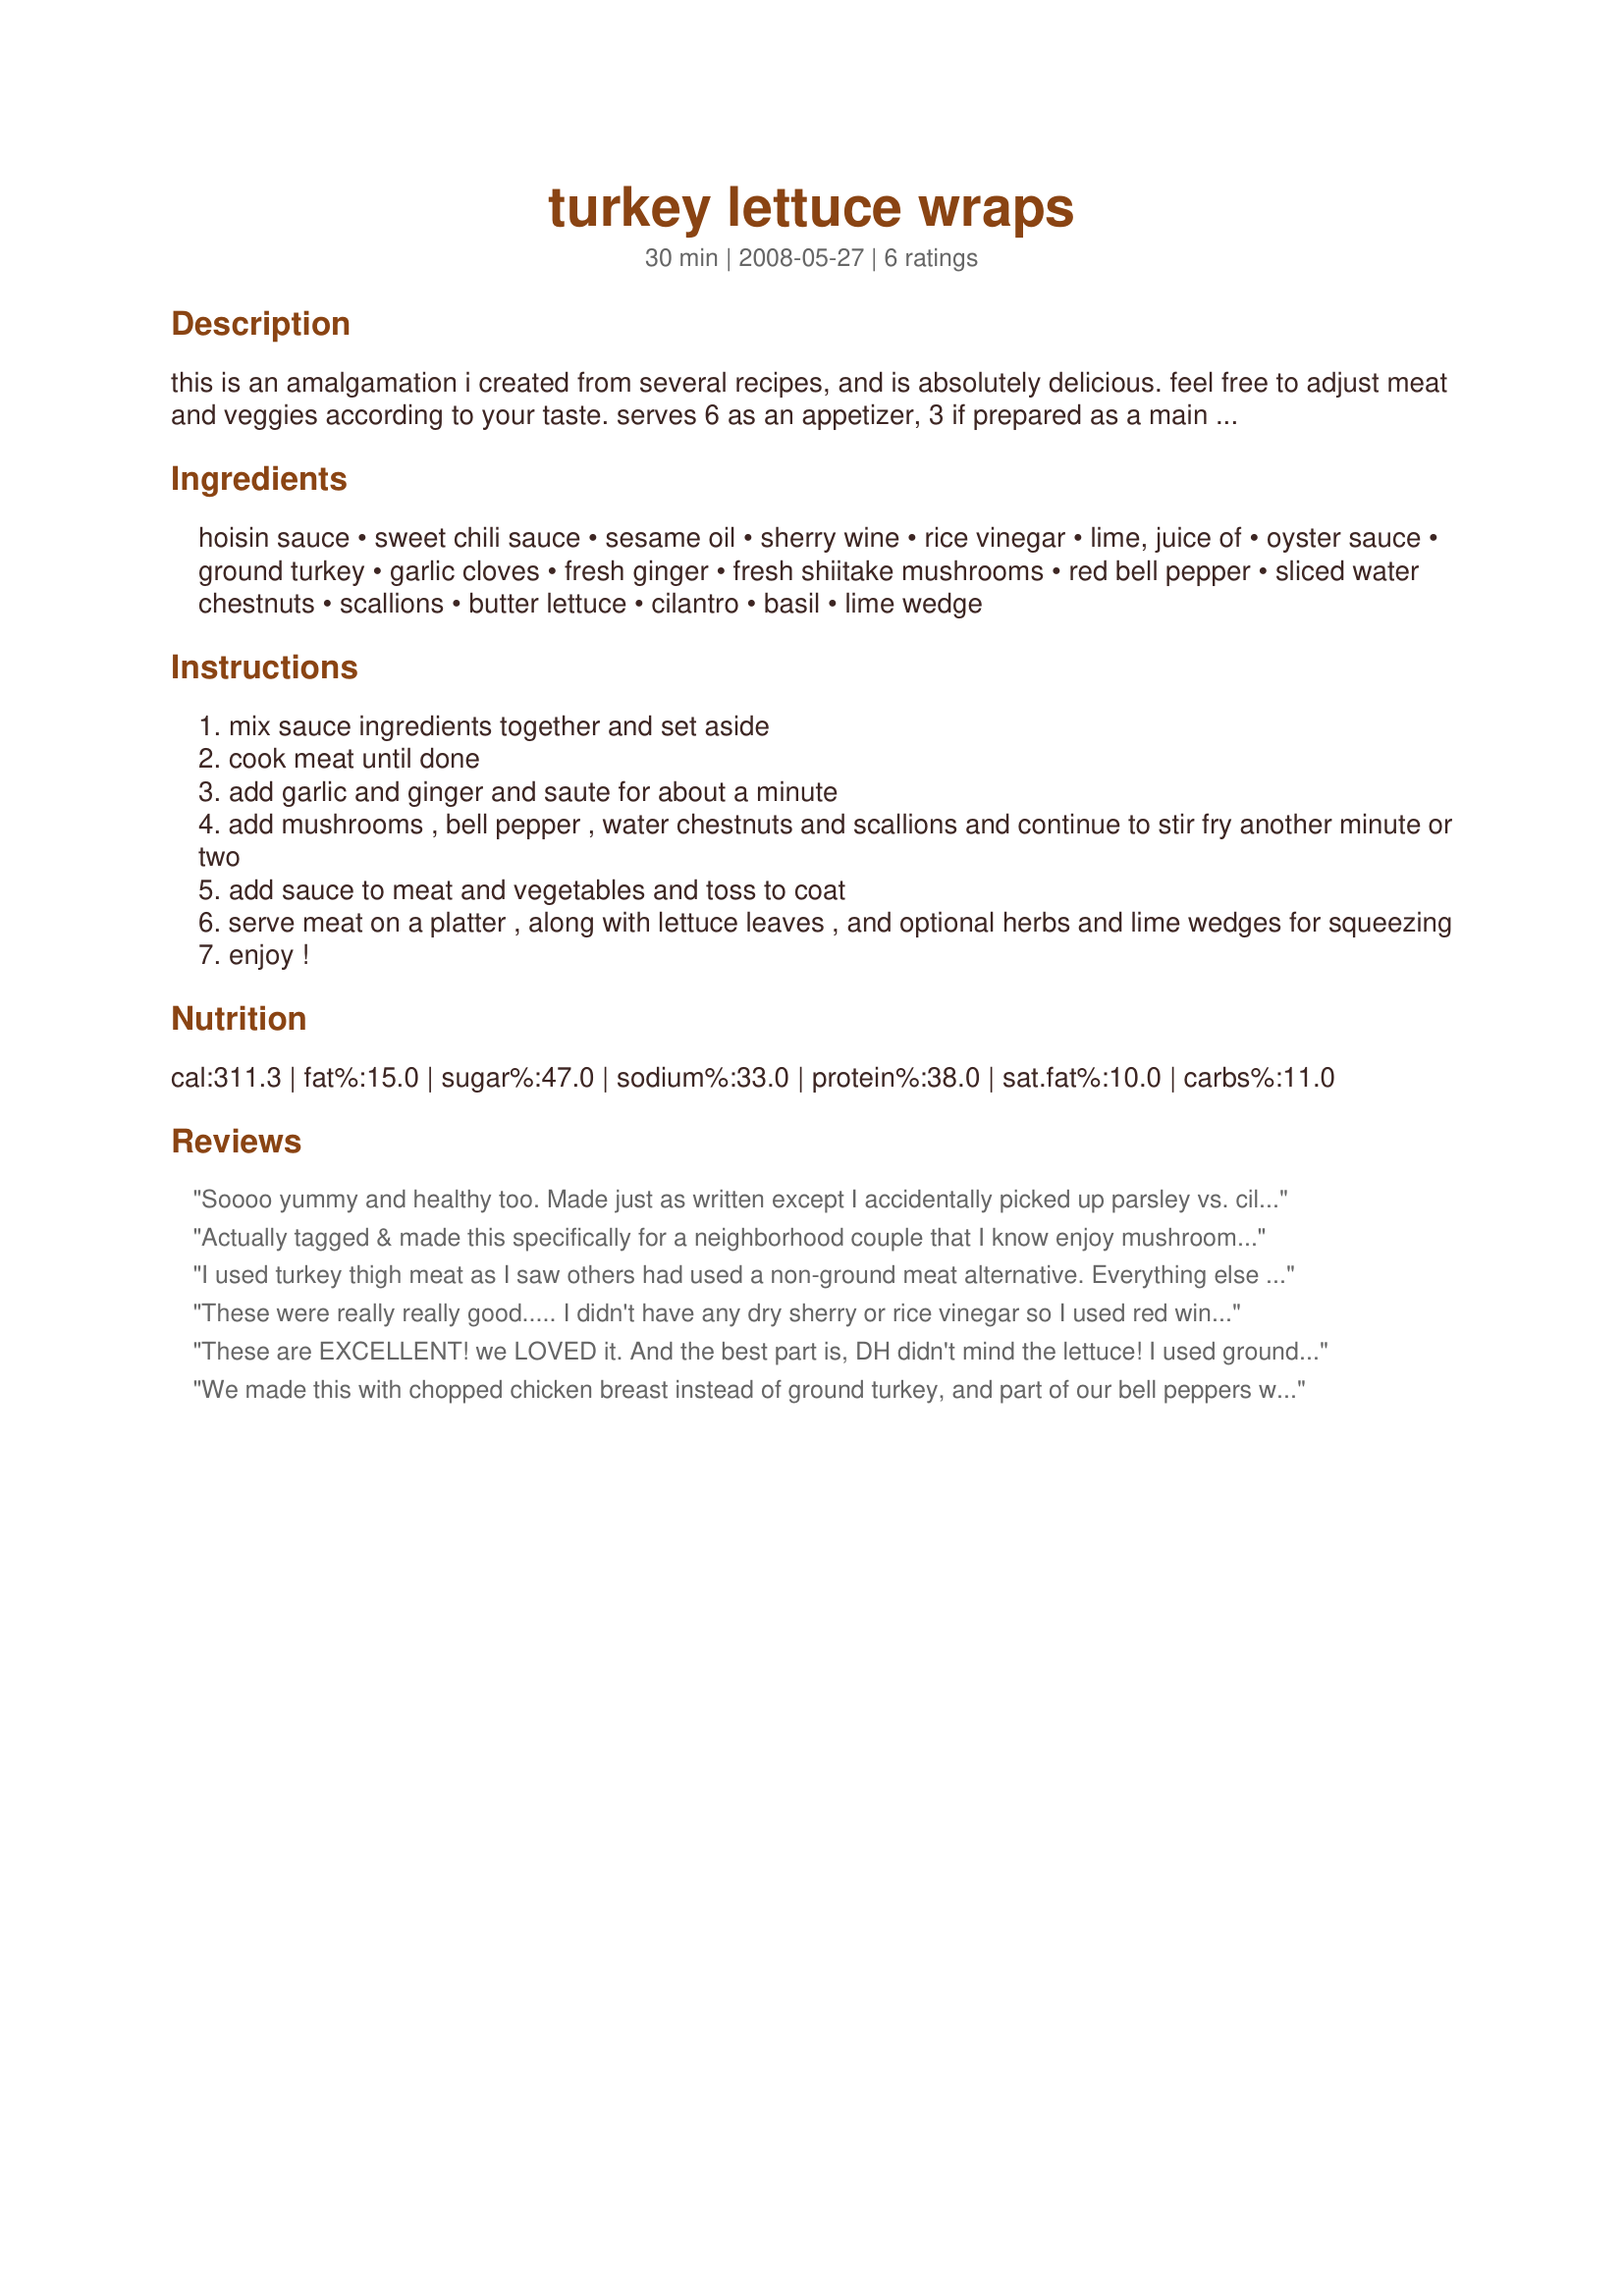
turkey lettuce wraps
Preparation time: 30 minutes

this is an amalgamation i created from several recipes, and is absolutely delicious. feel free to adjust meat and veggies according to your taste. serves 6 as an appetizer, 3 if prepared as a main course. thank you to lavender lynn for putting this in her best of 2010 cookbook!

Ingredients:
hoisin sauce, sweet chili sauce, sesame oil, sherry wine, rice vinegar, lime, juice of, oyster sauce, ground turkey, garlic cloves, fresh ginger, fresh shiitake mushrooms, red bell pepper, sliced water chestnuts, scallions, butter lettuce, cilantro, basil, lime wedge

Steps:
mix sauce ingredients together and set aside
cook meat until done
add garlic and ginger and saute for about a minute
add mushrooms , bell pepper , water chestnuts and scallions and continue to stir fry another minute or two
add sauce to meat and vegetables and toss to coat
serve meat on a platter , along with lettuce leaves , and optional herbs and lime wedges for squeezing
enjoy !

Reviews:
Soooo yummy and healthy too. Made just as written except I accidentally picked up parsley vs. cilantro - drats! I almost chopped up some peanuts to go on top -- next time I will. This made a great light dinner for DH and I. : )
Actually tagged & made this specifically for a neighborhood couple that I know enjoy mushrooms (which I don't, usually), so I rated the recipe strictly on their loud oos & ahs! They thoroughly loved it (especially the sauce), so it's likely to be made again sometime! [Tagged, made & reviewed in Please Review My Recipe cooking game]
I used turkey thigh meat as I saw others had used a non-ground meat alternative. Everything else I did as the recipe suggested. The only thing I would do differently next time is make half the amount of sauce, since we didn&#039;t really need that amount. Thanks for sharing!
These were really really good..... I didn't have any dry sherry or rice vinegar so I used red wine vinegar instead.... I thought I had some when I began to make this but realized I didn't so I had to improvise..... The nutty flavor of the sesame oil and the water chestnuts really added to the flavor of this dish......Along with sweetness of the hoisin sauce and the little kick of the sweet chili sauce..... This dish was outstanding..... I used romaine lettuce for my wraps..... Thanks for sharing and pictures will be posted soon.....
These are EXCELLENT! we LOVED it. And the best part is, DH didn't mind the lettuce! I used ground chicken instead of turkey, added in balsamic vinegar instead of sherry and green pepper instead of red since that's what I had. Wonderful mix of flavours, I am not a huge fan of sesame oil and I initially thought 2 tsp of sesame oil would be a bit overpowering but it wasn't. Thank you, Maito, for sharing this wonderful recipe, I definitely will be making this again!
We made this with chopped chicken breast instead of ground turkey, and part of our bell peppers were green. The dish is beautiful and delicious, both fun and messy to eat. If you like a savory blended stir-fry with lots of sauce, you'll love this; if you're an elegant and fastidious eater you might want to shred the lettuce and serve it over a bed of rice. Made for Top Favorites of 2009.
